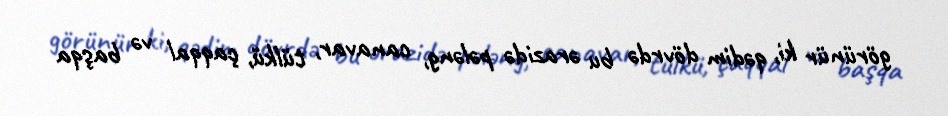
görünür ki, qədim dövrdə bu ərazidə pələng, canavar, tülkü, çaqqal və başqa